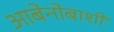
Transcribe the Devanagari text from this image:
आबेनोबाशी